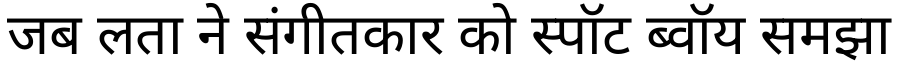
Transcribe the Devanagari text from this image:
जब लता ने संगीतकार को स्पॉट ब्वॉय समझा